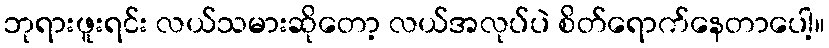
ဘုရားဖူးရင်း လယ်သမားဆိုတော့ လယ်အလုပ်ပဲ စိတ်ရောက်နေတာပေါ့။